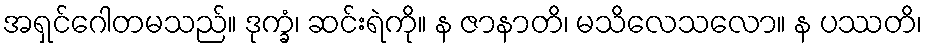
အရှင်ဂေါတမသည်။ ဒုက္ခံ၊ ဆင်းရဲကို။ န ဇာနာတိ၊ မသိလေသလော။ န ပဿတိ၊